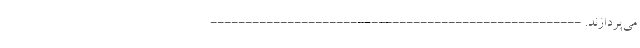
می‌پردازند. -----------------------------------------------------